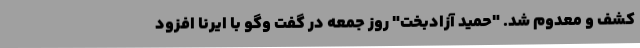
کشف و معدوم شد. "حمید آزادبخت" روز جمعه در گفت وگو با ایرنا افزود